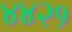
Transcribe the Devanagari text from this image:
४४२१